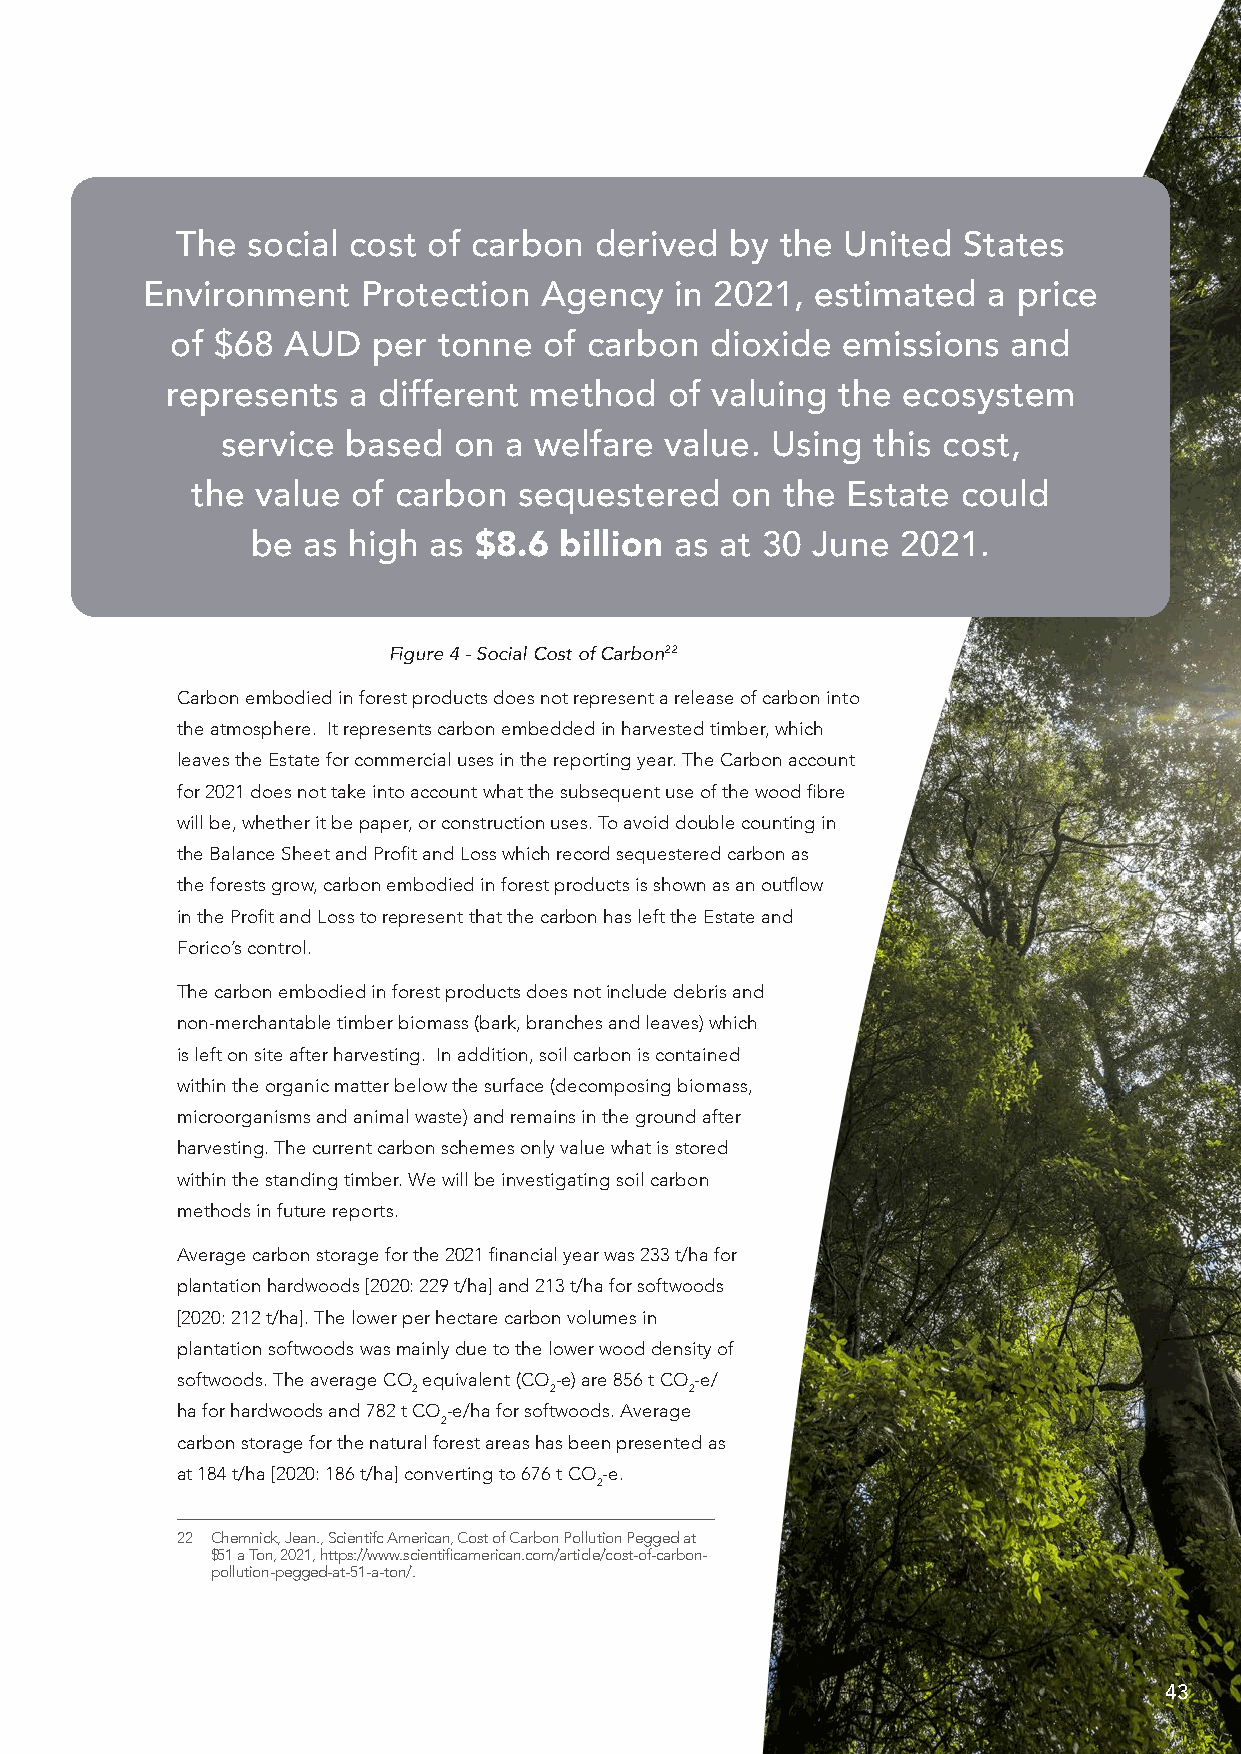
The social cost of carbon  derived  by  the United  States
 Environment    Protection  Agency   in 2021, estimated  a price
 of $68  AUD   per tonne  of carbon  dioxide  emissions  and
 represents  a different method   of valuing the  ecosystem
 service based  on a welfare  value. Using  this cost,
 the value of carbon  sequestered   on  the Estate  could
 be as high as $8.6  billion as at 30 June 2021.
 Figure 4 - Social Cost of Carbon22
 Carbon embodied in forest products does not represent a release of carbon into
 the atmosphere. It represents carbon embedded in harvested timber, which
 leaves the Estate for commercial uses in the reporting year. The Carbon account
 for 2021 does not take into account what the subsequent use of the wood fibre
 will be, whether it be paper, or construction uses. To avoid double counting in
 the Balance Sheet and Profit and Loss which record sequestered carbon as
 the forests grow, carbon embodied in forest products is shown as an outflow
 in the Profit and Loss to represent that the carbon has left the Estate and
 Forico’s control.
 The carbon embodied in forest products does not include debris and
 non-merchantable timber biomass (bark, branches and leaves) which
 is left on site after harvesting. In addition, soil carbon is contained
 within the organic matter below the surface (decomposing biomass,
 microorganisms and animal waste) and remains in the ground after
 harvesting. The current carbon schemes only value what is stored
 within the standing timber. We will be investigating soil carbon
 methods in future reports.
 Average carbon storage for the 2021 financial year was 233 t/ha for
 plantation hardwoods [2020: 229 t/ha] and 213 t/ha for softwoods
 [2020: 212 t/ha]. The lower per hectare carbon volumes in
 plantation softwoods was mainly due to the lower wood density of
 softwoods. The average CO equivalent (CO-e) are 856 t CO-e/
 2        2         2
 ha for hardwoods and 782 t CO-e/ha for softwoods. Average
 2
 carbon storage for the natural forest areas has been presented as
 at 184 t/ha [2020: 186 t/ha] converting to 676 t CO-e.
 2
 22 C hemnick, Jean., Scientifc American, Cost of Carbon Pollution Pegged at
 $51 a Ton, 2021, https://www.scientificamerican.com/article/cost-of-carbon-
 pollution-pegged-at-51-a-ton/.
 43